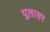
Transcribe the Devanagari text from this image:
पूलासर